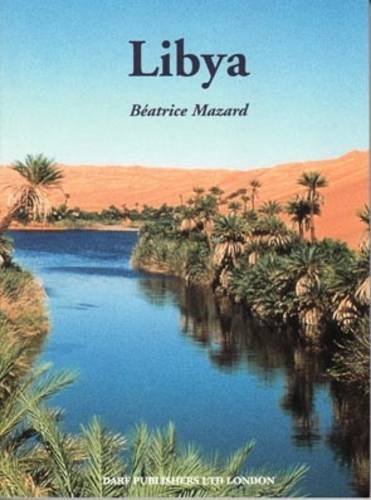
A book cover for Libya; Beatrice Mazard; Travel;